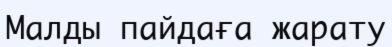
Малды пайдаға жарату